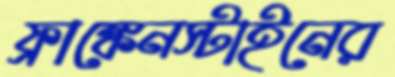
ফ্রাঙ্কেনস্টাইনের